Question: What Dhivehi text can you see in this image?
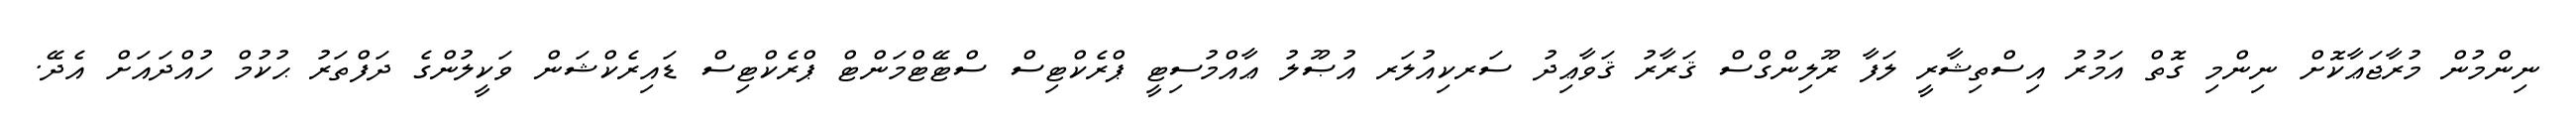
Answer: ނިންމުން މުރާޖަޢާކޮށް ނިންމި ގޮތް އަމުރު އިސްތިޝާރީ ލަފާ ރޫލިންގްސް ޤަރާރު ޤަވާޢިދު ސަރކިއުލަރ އުޞޫލު ޢާއްމުސިޓީ ޕްރެކްޓިސް ސްޓޭޓްމަންޓް ޕްރެކްޓިސް ޑައިރެކްޝަން ވަކީލުންގެ ދަފްތަރު ޙުކުމް ހުއްދައަށް އެދޭ.